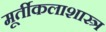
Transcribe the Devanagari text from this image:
मूर्तीकलाशास्त्र